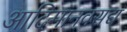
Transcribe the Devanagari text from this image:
आदिमानवसद्य